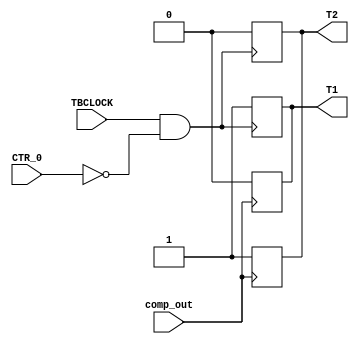
module AQ(TBCLOCK,CTR_0, T1, T2, comp_out );
input TBCLOCK;
input comp_out;
input CTR_0;
output reg T1;
output reg T2;


wire ANDT;
assign ANDT=TBCLOCK && !CTR_0;	
always@(posedge ANDT )begin

	T1<=1;
	T2<=0;
end	
always @(negedge comp_out) begin
		T1<=0;
		T2<=1;
end

endmodule